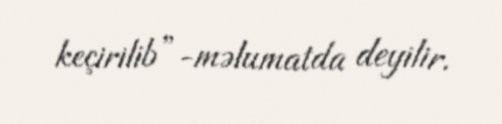
keçirilib”-məlumatda deyilir.